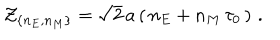
LaTeX: { \cal Z } _ { \{ n _ { E } , n _ { M } \} } = \sqrt { 2 } \, a \left( \, n _ { E } + n _ { M } \, \tau _ { 0 } \, \right) \, .